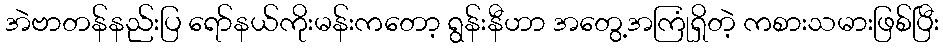
အဲဗာတန်နည်းပြ ရော်နယ်ကိုးမန်းကတော့ ရွန်းနီဟာ အတွေ့အကြုံရှိတဲ့ ကစားသမားဖြစ်ပြီး